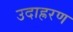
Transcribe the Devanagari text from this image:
उदाह्ररण